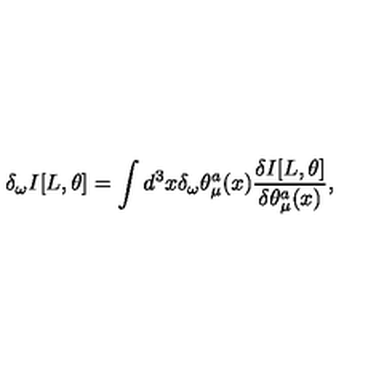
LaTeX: \delta _ { \omega } I [ L , \theta ] = \int d ^ { 3 } x \delta _ { \omega } \theta _ { \mu } ^ { a } ( x ) \frac { \delta I [ L , \theta ] } { \delta \theta _ { \mu } ^ { a } ( x ) } ,